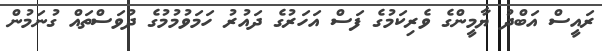
ރައީސް އަބްދު ޔާމީންގެ ވެރިކަމުގެ ފަސް އަހަރުގެ ދައުރު ހަމަވުމުމުގެ ދުވަސްތައް ގުނަމުން